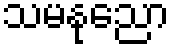
သမနုညော